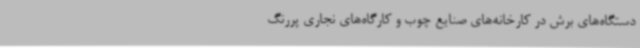
دستگاه‌های برش در کارخانه‌های صنایع چوب و کارگاه‌های نجاری پررنگ‌